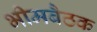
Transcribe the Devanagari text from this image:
भीमबैठक